Document type: Dowry acquittance
Year: 1240
Scribe: Pere de Bages
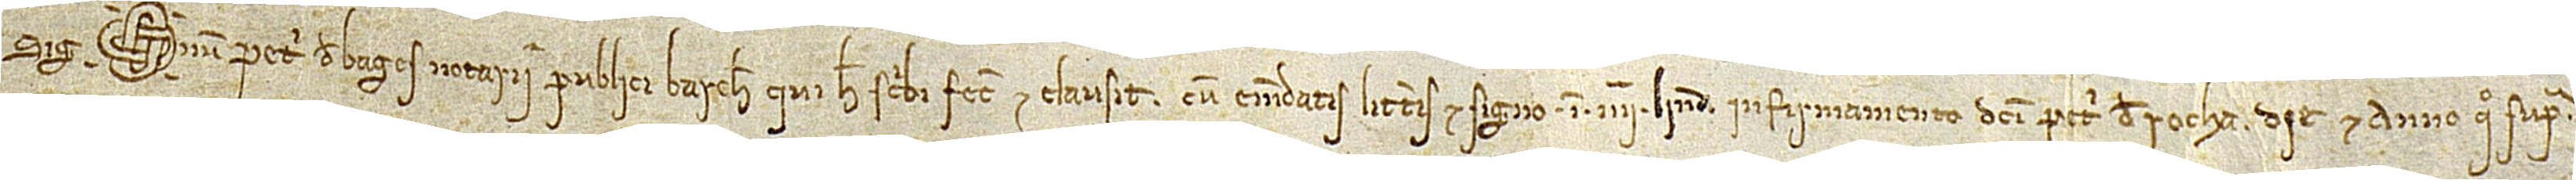
Sig(signe)num Petri de Bages, notarii publici Barchinone, qui hec scribi fecit et clausit cum emendatis litteris et signo in IIIIª linea undecima, in firmamento dicti Petri de Rocha, die et anno quo supra.